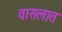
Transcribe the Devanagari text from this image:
वासलात